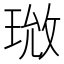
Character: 𪻰